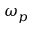
\omega _ { p }